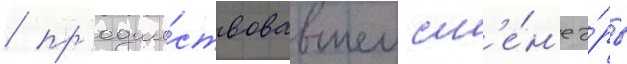
/ пр'едше́ствовавшем см'е́н'е э́ры